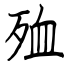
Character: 殈